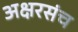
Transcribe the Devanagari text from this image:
अक्षरसंच